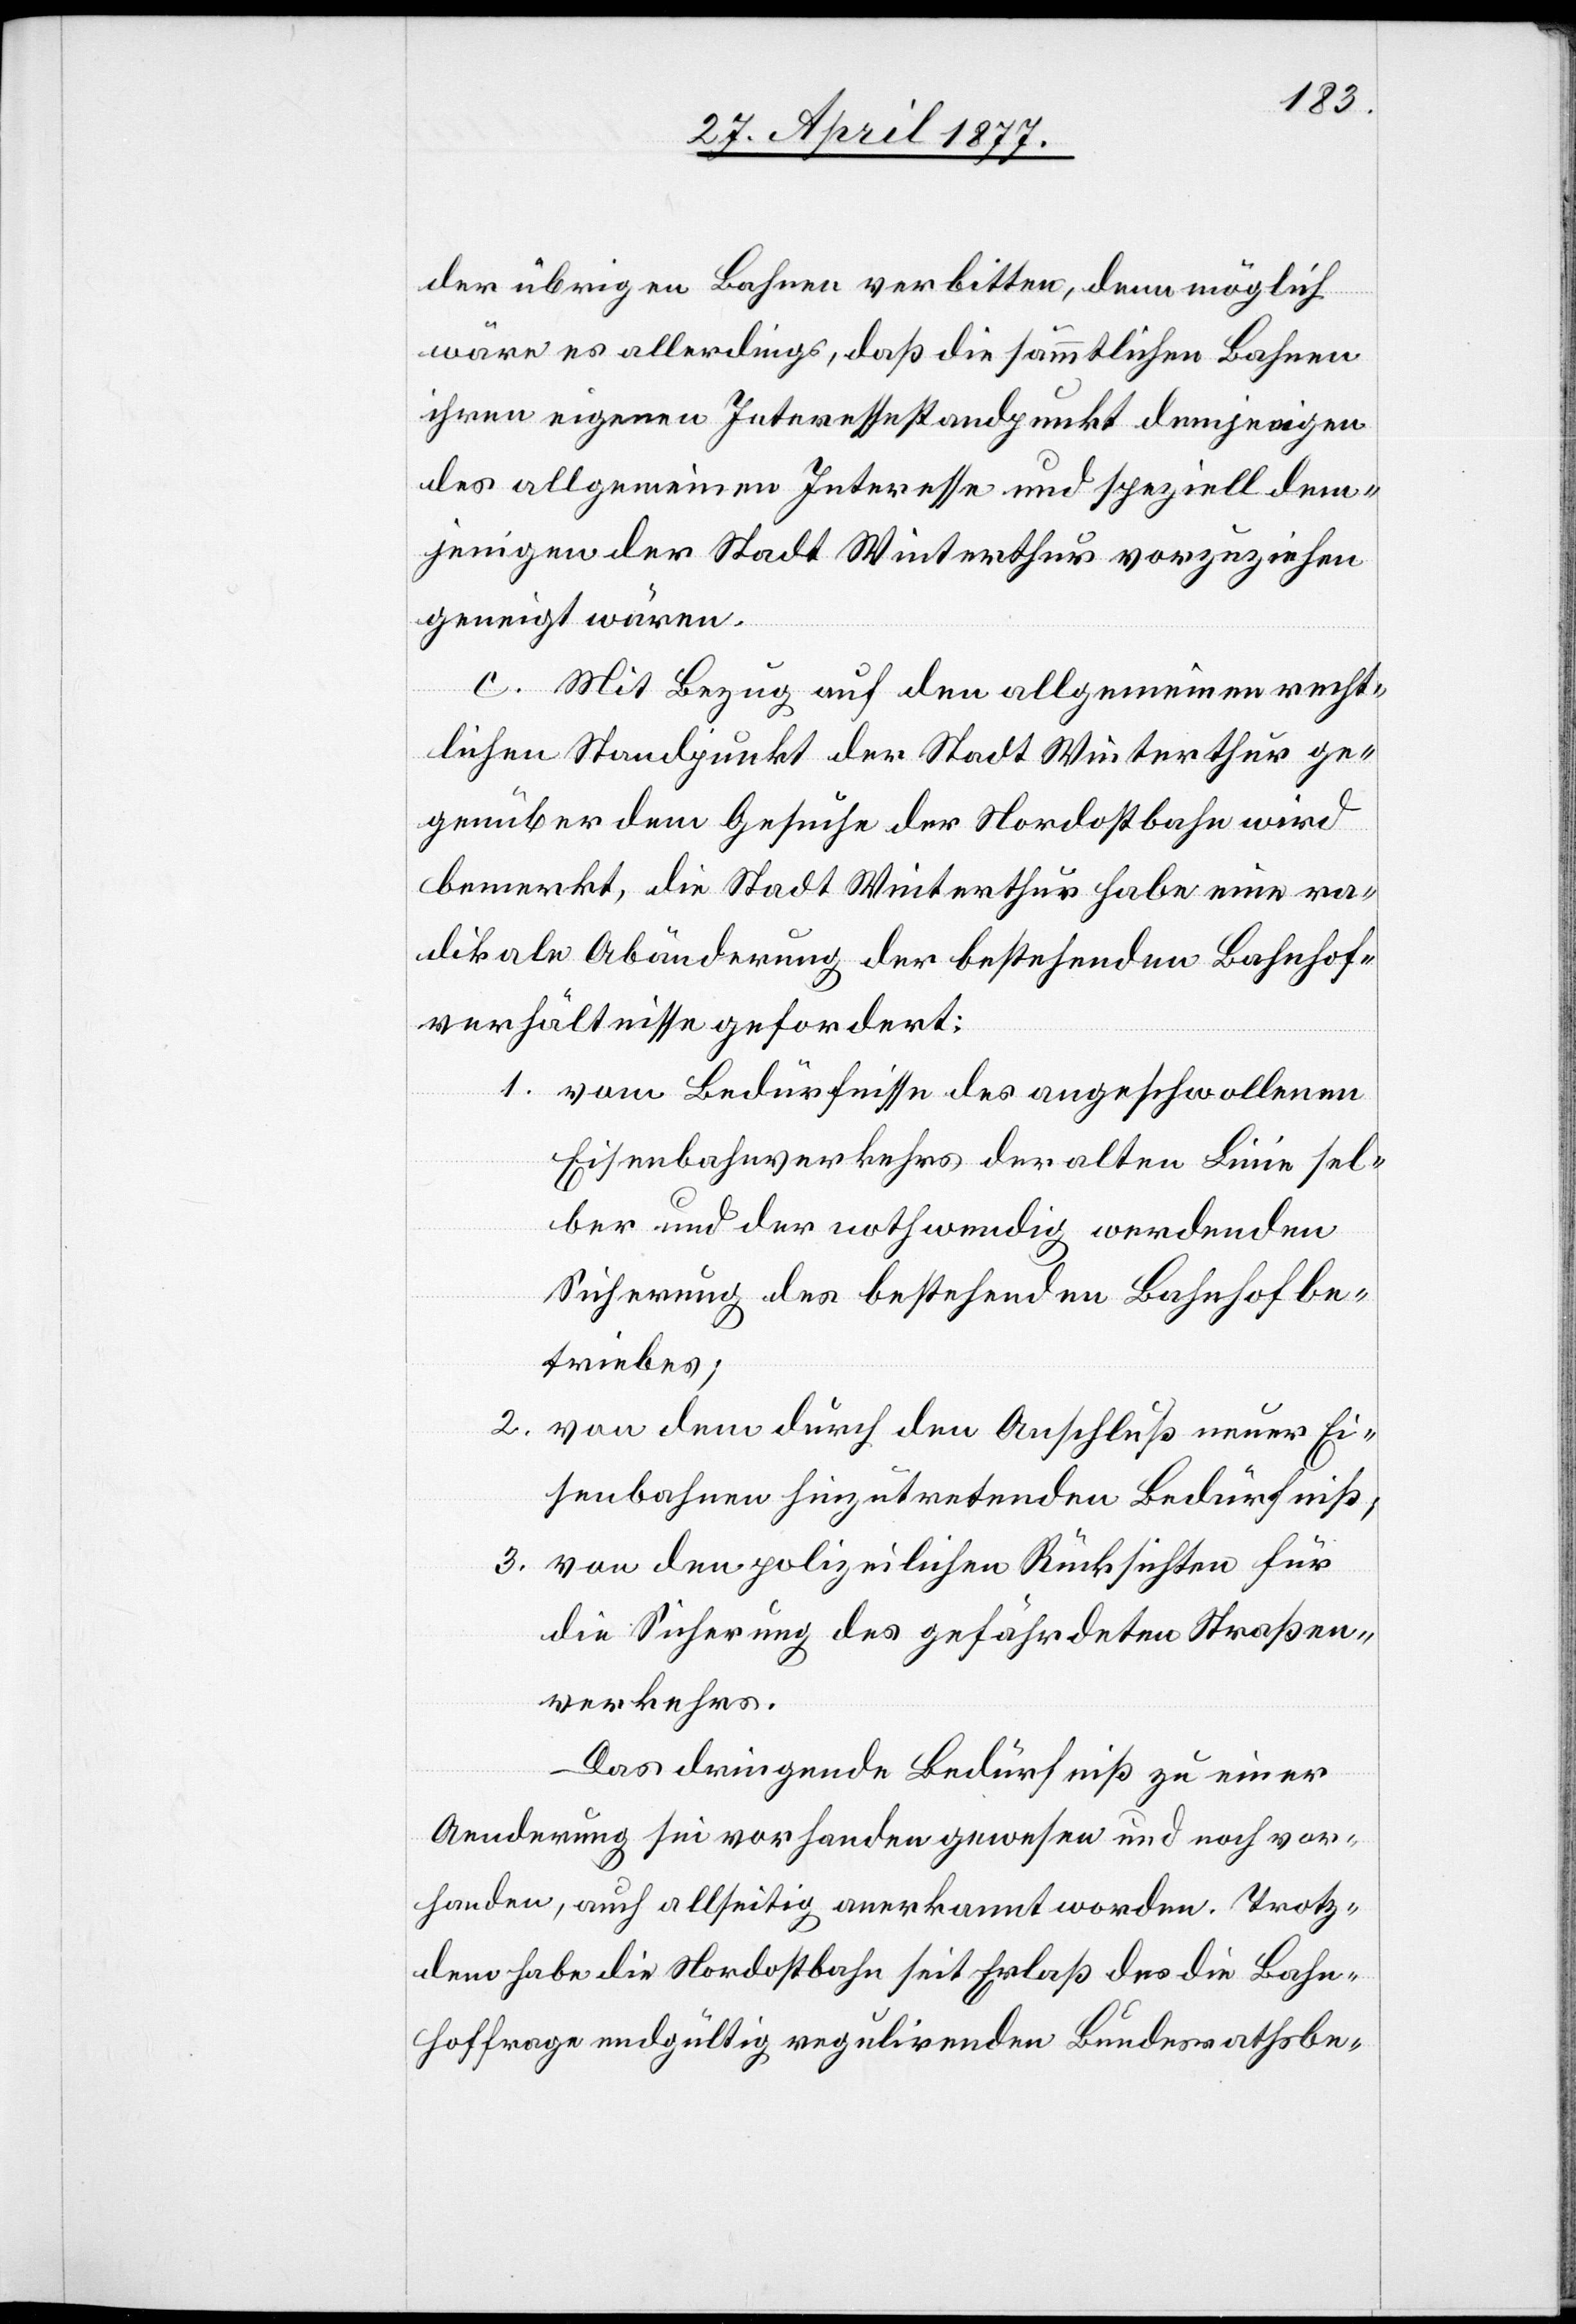
der übrigen Bahnen verbitten, denn möglich
wäre es allerdings, daß die sämmtlichen Bahnen
ihren eigenen Interessestandpunkt demjenigen
des allgemeinen Interesse[s] und speziell dem¬
jenigen der Stadt Winterthur vorzuziehen
geneigt wären.
c. Mit Bezug Auf den allgemeinen recht¬
lichen Standpunkt der Stadt Winterthur ge¬
genüber dem Gesuche der Nordostbahn wird
bemerkt, die Stadt Winterthur habe eine ra¬
dikale Abänderung der bestehenden Bahnhof¬
verhältnisse gefordert:
1. vom Bedürfnisse des angeschwollenen
Eisenbahnverkehrs der alten Linie sel¬
ber und der nothwendig werdenden
Sicherung des bestehenden Bahnhofbe¬
triebes;
2. von dem durch den Anschluß neuer Ei¬
senbahnen hinzutretenden Bedürfniß;
3. von den polizeilichen Rücksichten für
die Sicherung des gefährdeten Straßen¬
verkehrs.
Das dringende Bedürfniß zu einer
Aenderung sei vorhanden gewesen und noch vor¬
handen, auch allseitig anerkannt worden. Trotz¬
dem habe die Nordostbahn seit Erlaß des die Bahn¬
hoffrage endgültig regulirenden Bundesrathsbe-